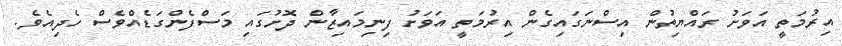
އިރުމަތީ އަވަށު ރައްޔިތުން އިސްނަގައިގެން އިރުމަތީ އަވަށު ފިނިމައިޒާން ދޮށުގައި މަސްފެންގަޑެއްވެސް ހެދިއެވެ.